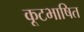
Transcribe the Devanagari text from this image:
कूटभाषित